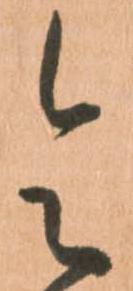
令